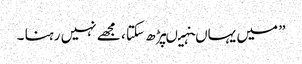
” میں یہاںنہیںپڑھ سکتا ، مجھے نہیں رہنا ۔